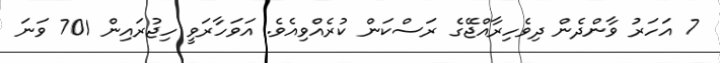
7 އަހަރު ވާންދެން ދިވެހިރާއްޖޭގެ ރަސްކަން ކުރެއްވިއެވެ. އަވަހާރަވީ ހިޖުރައިން 701 ވަނަ